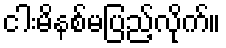
ငါးမိနစ်မပြည့်လိုက်။